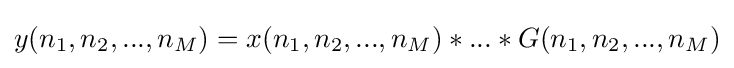
y(n_{1},n_{2},...,n_{M})=x(n_{1},n_{2},...,n_{M})*...*G(n_{1},n_{2},...,n_{M})